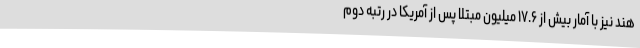
هند نیز با آمار بیش از ۱۷.۶ میلیون مبتلا پس از آمریکا در رتبه دوم